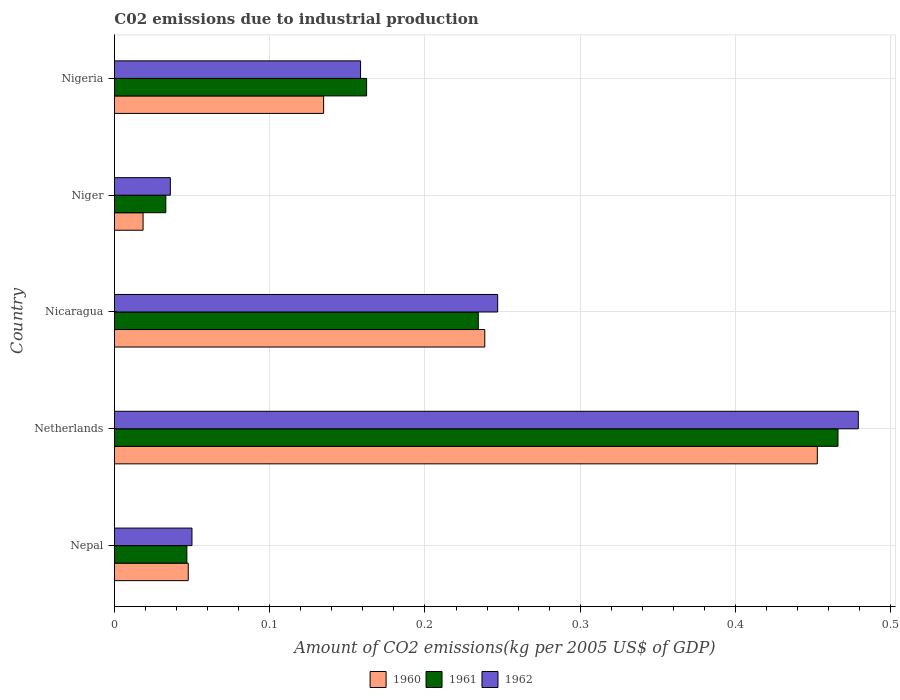
| Country | 1960 | 1961 | 1962 |
 | --- | --- | --- | --- |
 | Nepal | 0.0475 | 0.0467 | 0.0499 |
 | Netherlands | 0.453 | 0.466 | 0.479 |
 | Nicaragua | 0.239 | 0.234 | 0.247 |
 | Niger | 0.0185 | 0.0331 | 0.036 |
 | Nigeria | 0.135 | 0.162 | 0.159 |